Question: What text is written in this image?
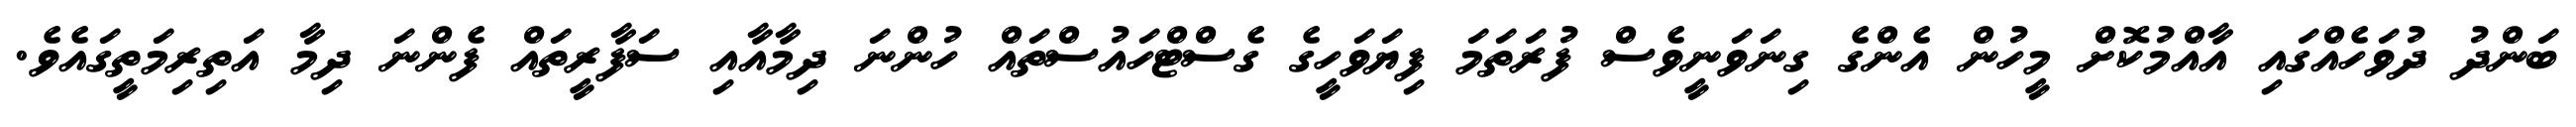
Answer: ބަންދު ދުވަހެއްގައި އާއްމުކޮށް މީހުން އެންގެ ގިނަވަނީވެސް ފުރަތަމަ ފިޔަވަހީގެ ގެސްޓްހައުސްތައް ހުންނަ ދިމާއާއި ސަފާރީތައް ފެންނަ ދިމާ އަތިރިމަތީގައެވެ.